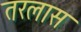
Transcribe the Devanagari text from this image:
तरलास